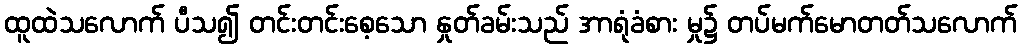
ထူထဲသလောက် ပီသ၍ တင်းတင်းစေ့သော နှုတ်ခမ်းသည် အာရုံခံစား မှု၌ တပ်မက်မောတတ်သလောက်